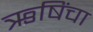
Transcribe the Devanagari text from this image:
ऋषिंचा